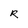
Character: R